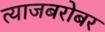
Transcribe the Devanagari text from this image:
त्याजबरोबर